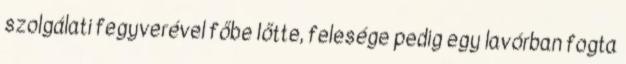
szolgálati fegyverével főbe lőtte, felesége pedig egy lavórban fogta